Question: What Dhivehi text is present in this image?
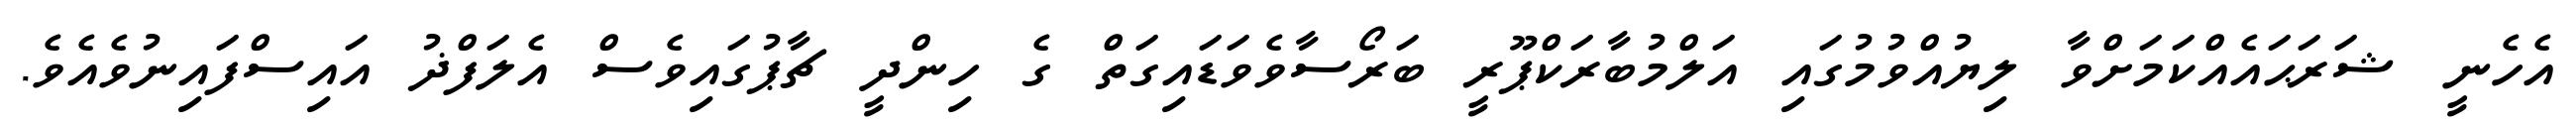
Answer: އެހެނީ ޝަރަޙައެއްކަމަށްވާ ލިޔުއްވުމުގައި އަލްމުބާރަކްޕޫރީ ބަރޯސާވެވަޑައިގަތް ގެ ހިންދީ ޗާޕުގައިވެސް އެލަފްޛު އައިސްފައިނުވެއެވެ.